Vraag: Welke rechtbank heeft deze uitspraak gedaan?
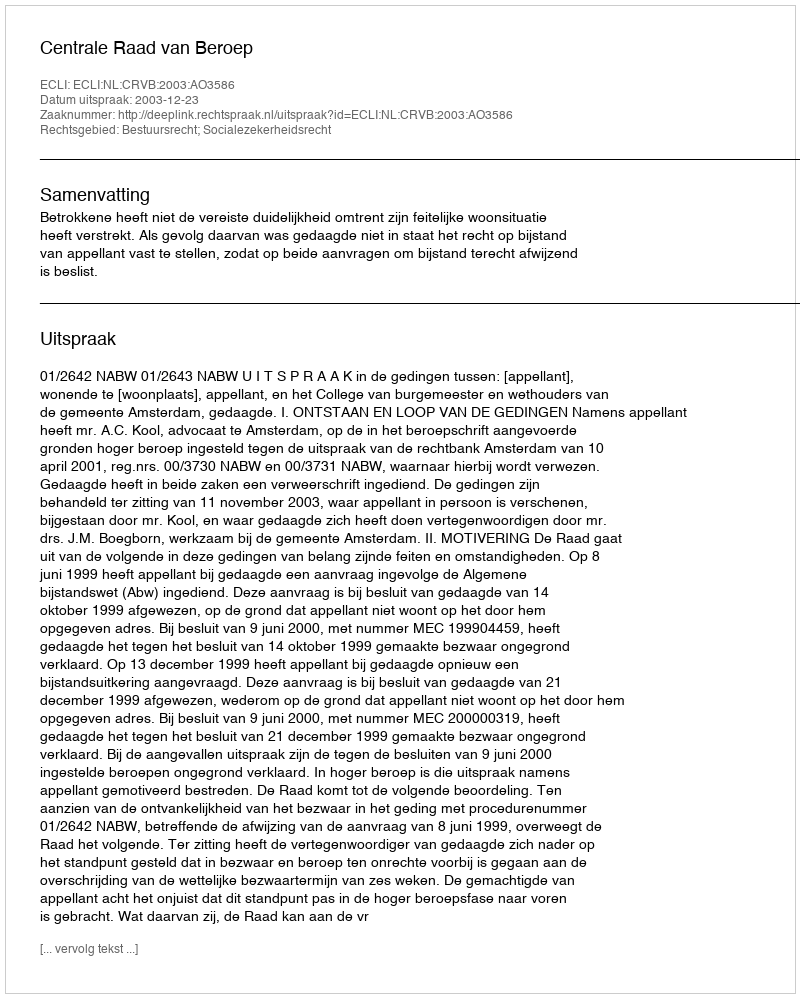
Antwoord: Centrale Raad van Beroep